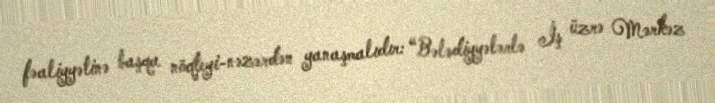
fəaliyyətinə başqa nöqteyi-nəzərdən yanaşmalıdır: “Bələdiyyələrlə İş üzrə Mərkəz